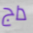
داج